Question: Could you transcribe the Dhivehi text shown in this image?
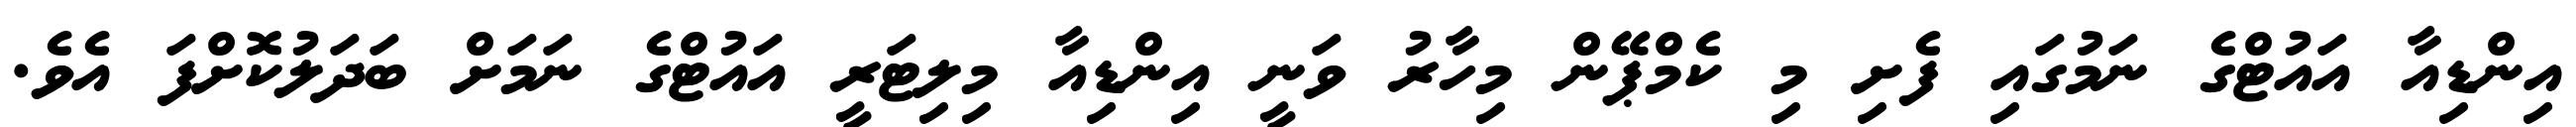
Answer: އިންޑިއާ އައުޓްގެ ނަމުގައި ފެށި މި ކެމްޕޭން މިހާރު ވަނީ އިންޑިއާ މިލިޓަރީ އައުޓްގެ ނަމަށް ބަދަލުކޮށްފަ އެވެ.